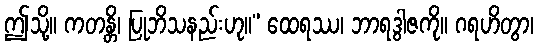
ဤသို့။ ကတန္တိ၊ ပြုဘိသနည်းဟု။” ထေရဿ၊ ဘာရဒွါဇကို။ ဂရဟိတွာ၊